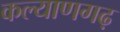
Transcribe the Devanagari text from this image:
कल्याणगढ़